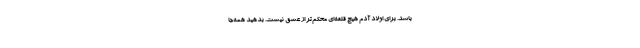
باشد. برای اولاد آدم هیچ قلعه‌ای محکم‌تر از عشق نیست. بدهید همه‌جا